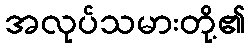
အလုပ်သမားတို့၏